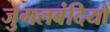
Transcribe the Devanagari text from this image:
जुगलबंदियों